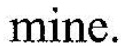
mine.